Civil Veterinary Dept. North-West Frontier Province 1923-32 - 1923-1932
Year: 1923
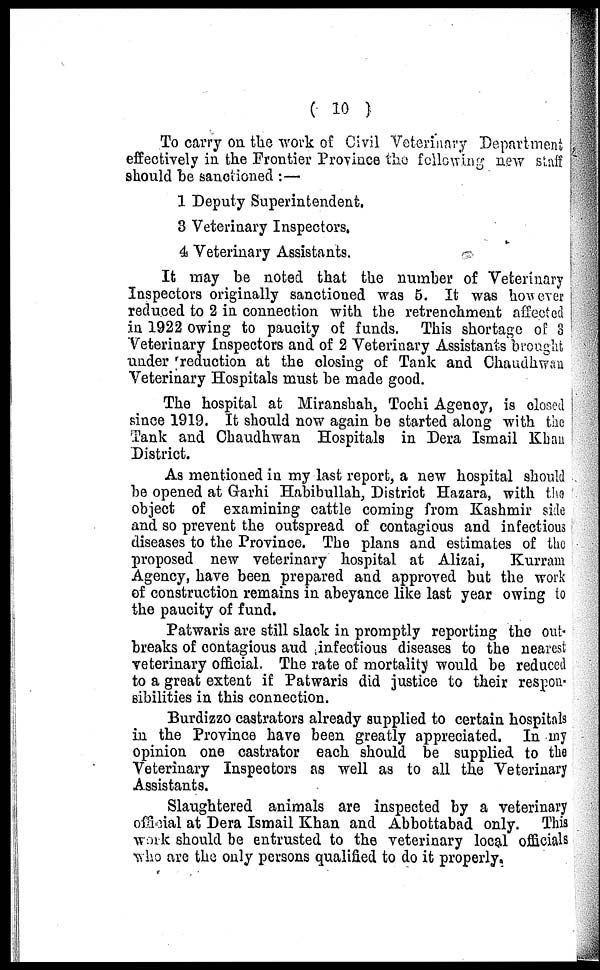
( 10 )
To carry on the work of Civil Veterinary Department
effectively in the Frontier Province the following new staff
should be sanctioned:—
1 Deputy Superintendent.
3 Veterinary Inspectors.
4 Veterinary Assistants.
It may be noted that the number of Veterinary
Inspectors originally sanctioned was 5. It was however
reduced to 2 in connection with the retrenchment affected
in 1922 owing to paucity of funds. This shortage of 3
Veterinary Inspectors and of 2 Veterinary Assistants brought
under 'reduction at the closing of Tank and Chaudhwan
Veterinary Hospitals must be made good.
The hospital at Miranshah, Tochi Agency, is closed
since 1919. It should now again be started along with the
Tank and Chaudhwan Hospitals in Dera Ismail Khan
District.
As mentioned in my last report, a new hospital should
be opened at Garhi Habibullah, District Hazara, with the
object of examining cattle coming from Kashmir side
and so prevent the outspread of contagious and infectious
diseases to the Province. The plans and estimates of the
proposed new veterinary hospital at Alizai, Kurram
Agency, have been prepared and approved but the work
of construction remains in abeyance like last year owing to
the paucity of fund.
Patwaris are still slack in promptly reporting the out-
breaks of contagious and infectious diseases to the nearest
veterinary official. The rate of mortality would be reduced
to a great extent if Patwaris did justice to their respon-
sibilities in this connection.
Burdizzo castrators already supplied to certain hospitals
in the Province have been greatly appreciated. In my
opinion one castrator each should be supplied to the
Veterinary Inspectors as well as to all the Veterinary
Assistants.
Slaughtered animals are inspected by a veterinary
official at Dera Ismail Khan and Abbottabad only. This
work should be entrusted to the veterinary local officials
who are the only persons qualified to do it properly.